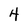
Character: 4